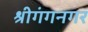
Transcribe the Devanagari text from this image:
श्रीगंगनगर